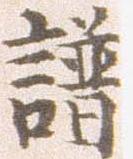
譜